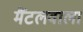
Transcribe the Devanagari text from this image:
मैंटलवाला